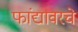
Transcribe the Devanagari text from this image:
फांद्यावरचे